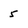
Character: 5